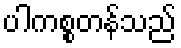
ပါကစ္စတန်သည်